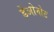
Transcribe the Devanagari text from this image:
डेओनोट